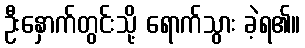
ဦးနှောက်တွင်းသို့ ရောက်သွား ခဲ့ရ၏။